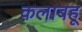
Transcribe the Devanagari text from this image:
कलाबहू